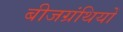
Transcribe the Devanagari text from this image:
बीजग्रंथियों